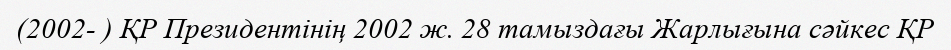
(2002- ) ҚР Президентінің 2002 ж. 28 тамыздағы Жарлығына сәйкес ҚР